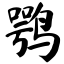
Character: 鹗